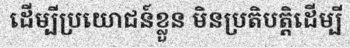
ដើម្បីប្រយោជន៍ខ្លួន មិនប្រតិបត្តិដើម្បី